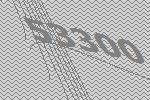
53300